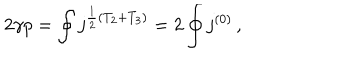
LaTeX: 2 \gamma p = \oint j ^ { \frac { 1 } { 2 } ( T _ { 2 } + T _ { 3 } ) } = 2 \oint j ^ { ( 0 ) } \, ,